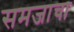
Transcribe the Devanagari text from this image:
समजाचा